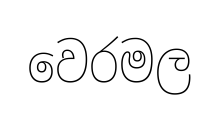
වෙරමල